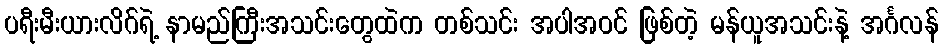
ပရီးမီးယားလိဂ်ရဲ့ နာမည်ကြီးအသင်းတွေထဲက တစ်သင်း အပါအဝင် ဖြစ်တဲ့ မန်ယူအသင်းနဲ့ အင်္ဂလန်